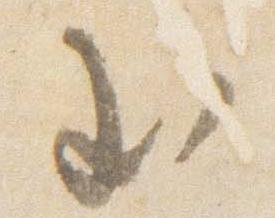
至